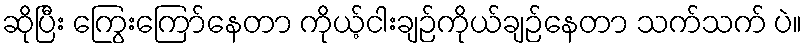
ဆိုပြီး ကြွေးကြော်နေတာ ကိုယ့်ငါးချဉ်ကိုယ်ချဉ်နေတာ သက်သက် ပဲ။